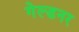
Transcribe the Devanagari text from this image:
गेल्डनर